Leprosy in India: report of the Leprosy Commission in India, 1890-91
Year: 1890
Disease focus: Leprosy
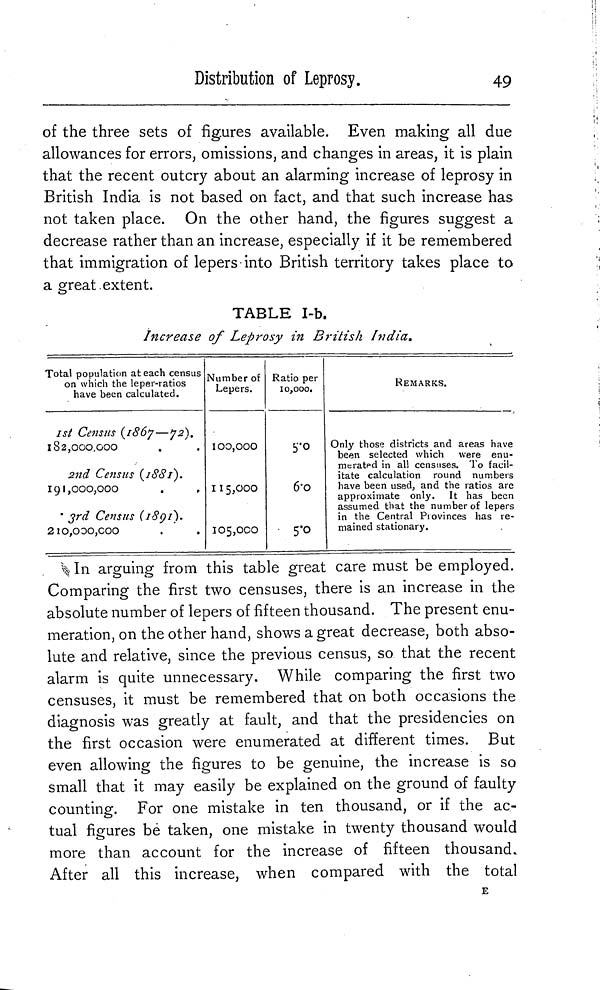
Distribution of Leprosy.
49
of the three sets of figures available. Even making all due
allowances for errors, omissions, and changes in areas, it is plain
that the recent outcry about an alarming increase of leprosy in
British India is not based on fact, and that such increase has
not taken place. On the other hand, the figures suggest a
decrease rather than an increase, especially if it be remembered
that immigration of lepers into British territory takes place to
a great.extent.
TABLE I-b.
Increase of Leprosy in British India.
Total population at each census
on which the leper-ratios
have been calculated.
ist Census (1867—72).
182,000,000
2nd Census {188/).
191,000,000
• 3rd Census (1891).
210,000,000
Number of
Lepers.
100,000
115,000
J 3
105,000
Ratio per
10,000.
5-0
fro
REMARKS.
Only those districts and areas have
been selected which were enu-
meratpd in all censuses. To facil-
itate calculation round numbers
have been used, and the ratios are
approximate only. It has been
assumed that the number of lepers
in the Central Piovinces has re-
mained stationary.
% In arguing from this table great care must be employed.
Comparing the first two censuses, there is an increase in the
absolute number of lepers of fifteen thousand. The present enu-
meration, on the other hand, shows a great decrease, both abso-
lute and relative, since the previous census, so that the recent
alarm is quite unnecessary. While comparing the first two
censuses, it must be remembered that on both occasions the
diagnosis was greatly at fault, and that the presidencies on
the first occasion were enumerated at different times. But
even allowing the figures to be genuine, the increase is so
small that it may easily be explained on the ground of faulty
counting. For one mistake in ten thousand, or if the ac-
tual figures be taken, one mistake in twenty thousand would
more than account for the increase of fifteen thousand.
After all this increase, when compared with the total